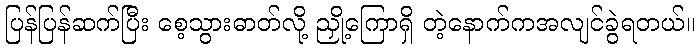
ပြန်ပြန်ဆက်ပြီး စေ့သွားဓာတ်လို့ ညှို့ကြောရှိ တဲ့နောက်ကအလျင်ခွဲရတယ်။